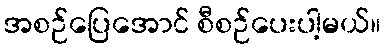
အစဉ်ပြေအောင် စီစဉ်ပေးပါ့မယ်။